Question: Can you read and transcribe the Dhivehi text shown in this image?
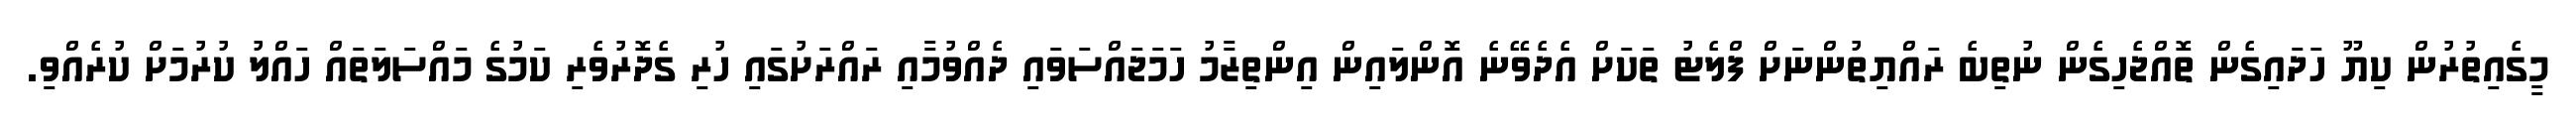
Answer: މީގެއިތުރުން ކިޔޫ ހަދައިގެން ތޮއްޖެހިގެން ނުތިބެ ރައްޔިތުންނަށް ފްލެޓު ތަކަށް އެދެވޭނެ އޮންލައިން އިންތިޒާމު ހަމަޖައްސަވައި ދެއްވުމާއި ރައްރަށުގައި ހުރި ގެދޮރުވެރި ކަމުގެ މައްސަލަތައް ހައްލު ކުރުމަށް ކުރެއްވި.